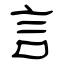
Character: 言